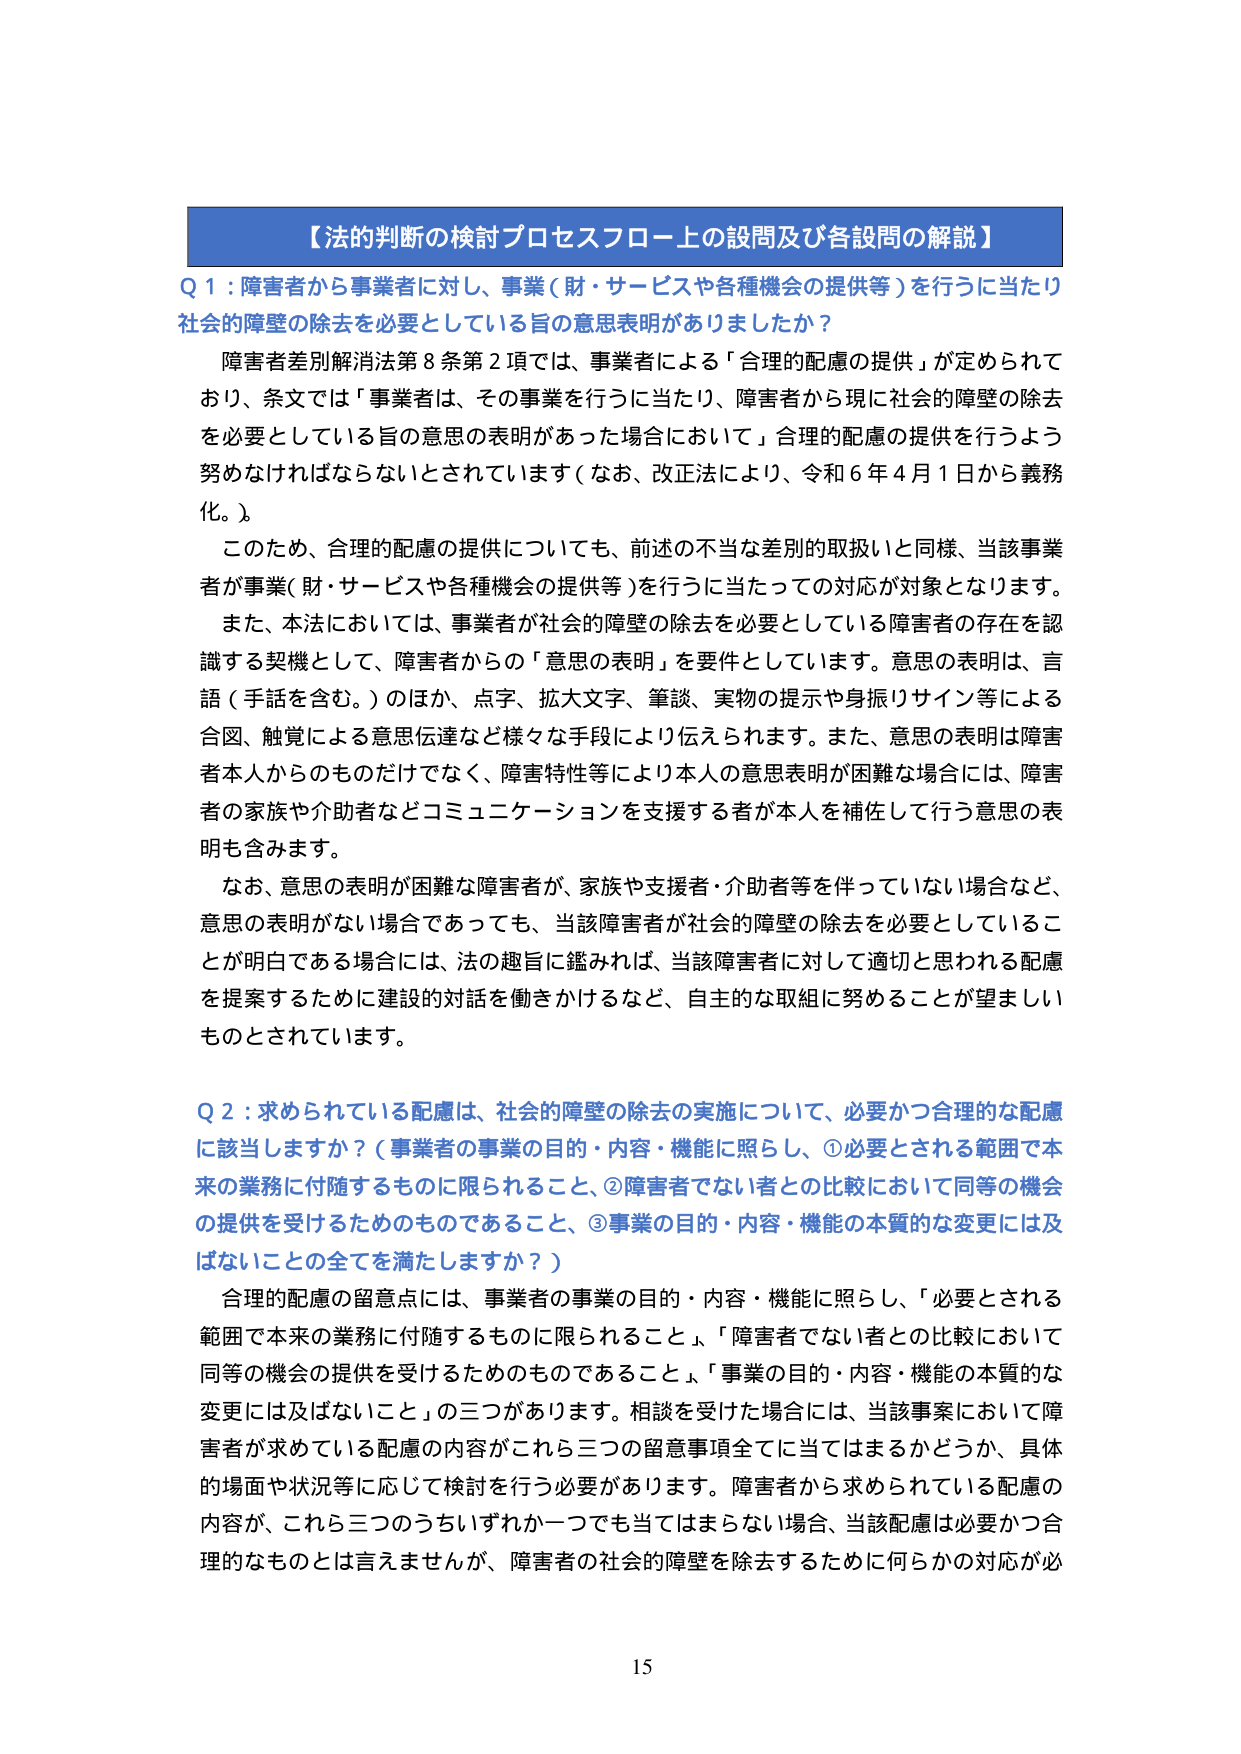
【法的判断の検討プロセスフロー上の設問及び各設問の解説】

Q 1：障害者から事業者に対し、事業（財・サービスや各種機会の提供等）を行うに当たり社会的障壁の除去を必要としている旨の意思表明がありましたか？

障害者差別解消法第8条第2項では、事業者による「合理的配慮の提供」が定められており、条文では「事業者は、その事業を行うに当たり、障害者から現に社会的障壁の除去を必要としている旨の意思の表明があった場合において」合理的配慮の提供を行うよう努めなければならないとされています（なお、改正法により、令和6年4月1日から義務化。）。

このため、合理的配慮の提供についても、前述の不当な差別的取扱いと同様、当該事業者が事業（財・サービスや各種機会の提供等）を行うに当たっての対応が対象となります。

また、本法においては、事業者が社会的障壁の除去を必要としている障害者の存在を認識する契機として、障害者からの「意思の表明」を要件としています。意思の表明は、言語（手話を含む。）のほか、点字、拡大文字、筆談、実物の提示や身振りサイン等による合図、触覚による意思伝達など様々な手段により伝えられます。また、意思の表明は障害者本人からのものだけでなく、障害特性等により本人の意思表明が困難な場合には、障害者の家族や介助者などコミュニケーションを支援する者が本人を補佐して行う意思の表明も含みます。

なお、意思の表明が困難な障害者が、家族や支援者・介助者等を伴っていない場合など、意思の表明がない場合であっても、当該障害者が社会的障壁の除去を必要としていることが明白である場合には、法の趣旨に鑑みれば、当該障害者に対して適切と思われる配慮を提案するために建設的対話を働きかけるなど、自主的な取組に努めることが望ましいものとされています。

Q 2：求められている配慮は、社会的障壁の除去の実施について、必要かつ合理的な配慮に該当しますか？（事業者の事業の目的・内容・機能に照らし、①必要とされる範囲で本来の業務に付随するものに限られること、②障害者でない者との比較において同等の機会の提供を受けるためのものであること、③事業の目的・内容・機能の本質的な変更には及ばないことの全てを満たしますか？）

合理的配慮の留意点には、事業者の事業の目的・内容・機能に照らし、「必要とされる範囲で本来の業務に付随するものに限られること」、「障害者でない者との比較において同等の機会の提供を受けるためのものであること」、「事業の目的・内容・機能の本質的な変更には及ばないこと」の三つがあります。相談を受けた場合には、当該事案において障害者が求めている配慮の内容がこれら三つの留意事項全てに当てはまるかどうか、具体的場面や状況等に応じて検討を行う必要があります。障害者から求められている配慮の内容が、これら三つのうちいずれか一つでも当てはまらない場合、当該配慮は必要かつ合理的なものとは言えませんが、障害者の社会的障壁を除去するために何らかの対応が必

15